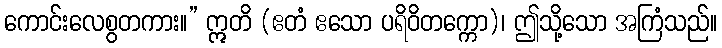
ကောင်းလေစွတကား။” ဣတိ (ဧတံ ဧသော ပရိဝိတက္ကော)၊ ဤသို့သော အကြံသည်။